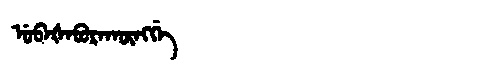
Manchu: ᡠᠪᠠᡧᠠᠪᡠᡵᠠᡴᡡᠩᡤᡝ
Romanization: UBAŠABURAKŪNGGE